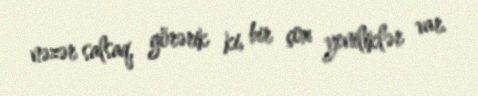
nəzər salsaq, görərik ki, bir çox yeniliklər var.